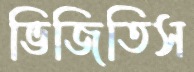
ভিজিতিস